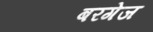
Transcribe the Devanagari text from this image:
बरगेज